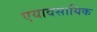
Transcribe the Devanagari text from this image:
एयावसायिक